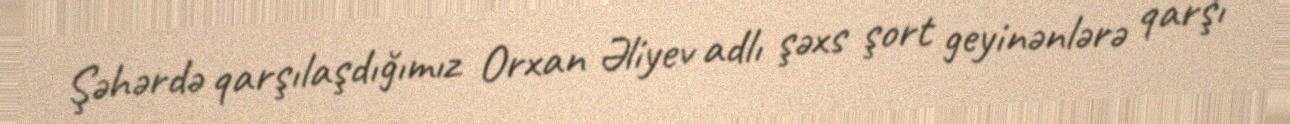
Şəhərdə qarşılaşdığımız Orxan Əliyev adlı şəxs şort geyinənlərə qarşı